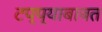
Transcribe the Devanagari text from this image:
टप्प्याबाबत